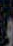
و